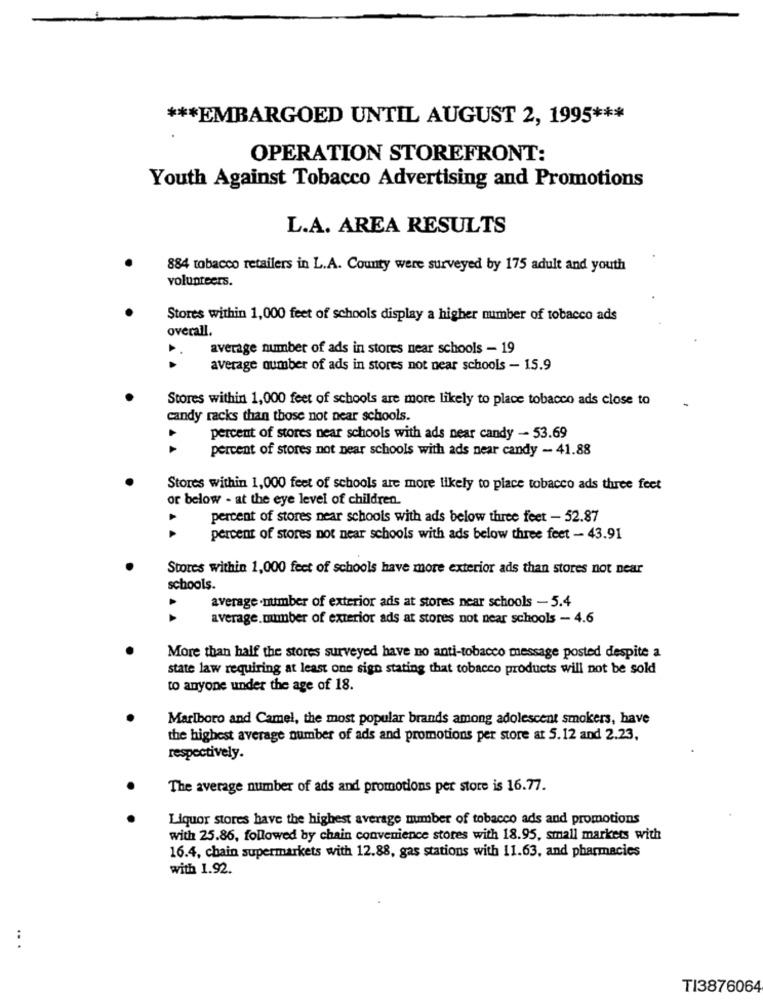
*** EMBARGOED UNTIL AUGUST 2, 1995 ***
OPERATION STOREFRONT:
Youth Against Tobacco Advertising and Promotions
L.A. AREA RESULTS
884 tobacco retailers in L.A. County were surveyed by 175 adult and youth
volunteers.
Stores within 1,000 feet of schools display a higher number of tobacco ads
overall.
average number of ads in stores near schools - 19
average number of ads in stores not near schools - 15.9
Stores within 1,000 feet of schools are more likely to place tobacco ads close to
candy racks than those not near schools.
percent of stores near schools with ads near candy - 53.69
percent of stores not near schools with ads near candy - 41.88
Stores within 1,000 feet of schools are more likely to place tobacco ads three feet
or below - at the eye level of children.
percent of stores near schools with ads below three feet - 52.87
percent of stores not near schools with ads below three feet - 43.91
Stores within 1,000 feet of schools have more exterior ads than stores not near
schools.
4
average .number of exterior ads at stores near schools - 5.4
average.munber of exterior ads at stores not near schools - 4.6
More than half the stores surveyed have no anti-tobacco message posted despite a
state law requiring at least one sign stating that tobacco products will not be sold
to anyone under the age of 18.
Marlboro and Camel, the most popular brands among adolescent smokers, have
the highest average number of ads and promotions per store at 5.12 and 2.23,
respectively.
The average number of ads and promotions per store is 16.77.
Liquor stores have the highest average number of tobacco ads and promotions
with 25.86, followed by chain convenience stores with 18.95, small markets with
16.4, chain supermarkets with 12.88, gas stations with 11.63, and pharmacies
with 1.92.
TI3876064